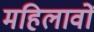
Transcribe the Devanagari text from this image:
महिलावों